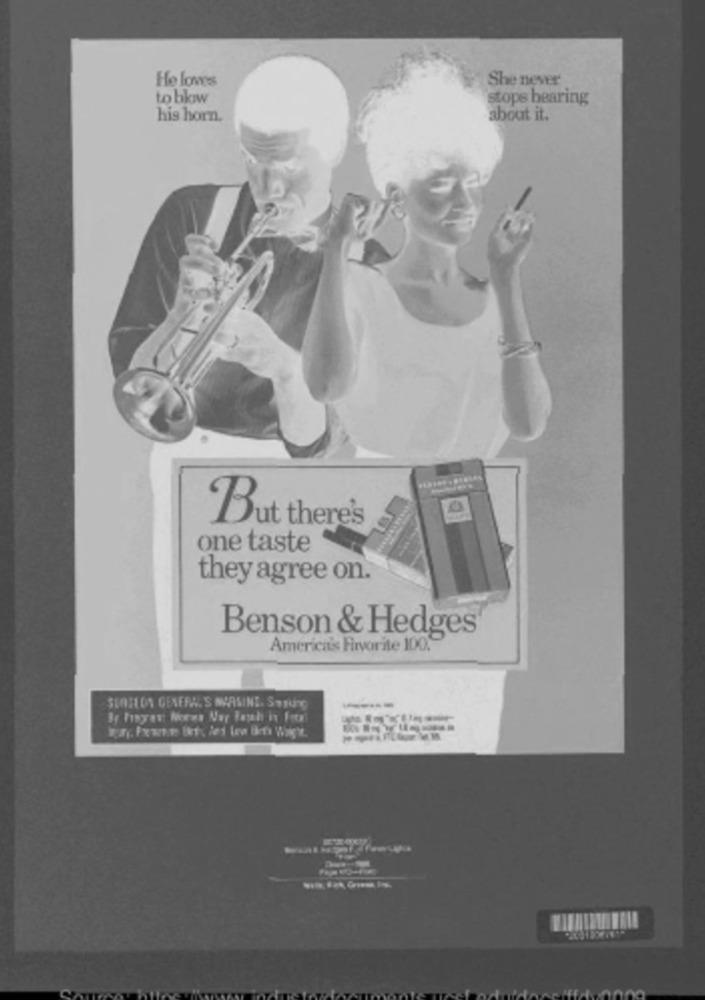
He loves
She never
to bkiw
stops hearing
his horn.
about it.
......
But there's
one taste
--
they agree on.
Benson & Hedges
America's Firvorite 100.
SURFLON GENERAL S MASINI. STURG